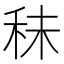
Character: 𥞊